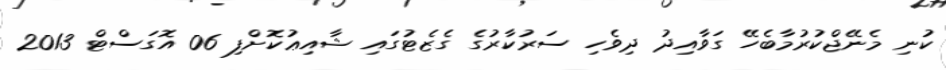
ކުނި މެނޭޖްކުރުމާބެހޭ ގަވާއިދު ދިވެހި ސަރުކާރުގެ ގެޒެޓުގައި ޝާއިޢުކޮށްފި 06 އޮގަސްޓް 2013